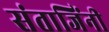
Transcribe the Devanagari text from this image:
संताजिंनी